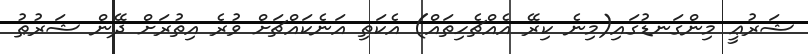
ޝަރުޢީ މިންގަނޑުގައި(މިނެ ކިރޭ އެއްޗެހިތައް) އެކަތި އަނެކައްޗަށް ވުރެ އިތުރަށް ދޭން ޝަރުޠު